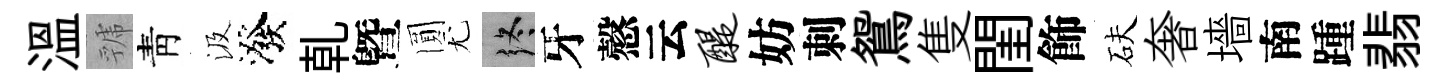
溫虢靑汲潑乹曁圎尤终牙慤云醍妨刺鴛隻閨飾砆奢墻南踵翡